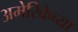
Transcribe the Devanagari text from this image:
अमेरिकेच्या